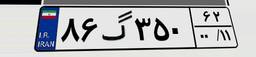
۸۶گ۳۵۰۶۲